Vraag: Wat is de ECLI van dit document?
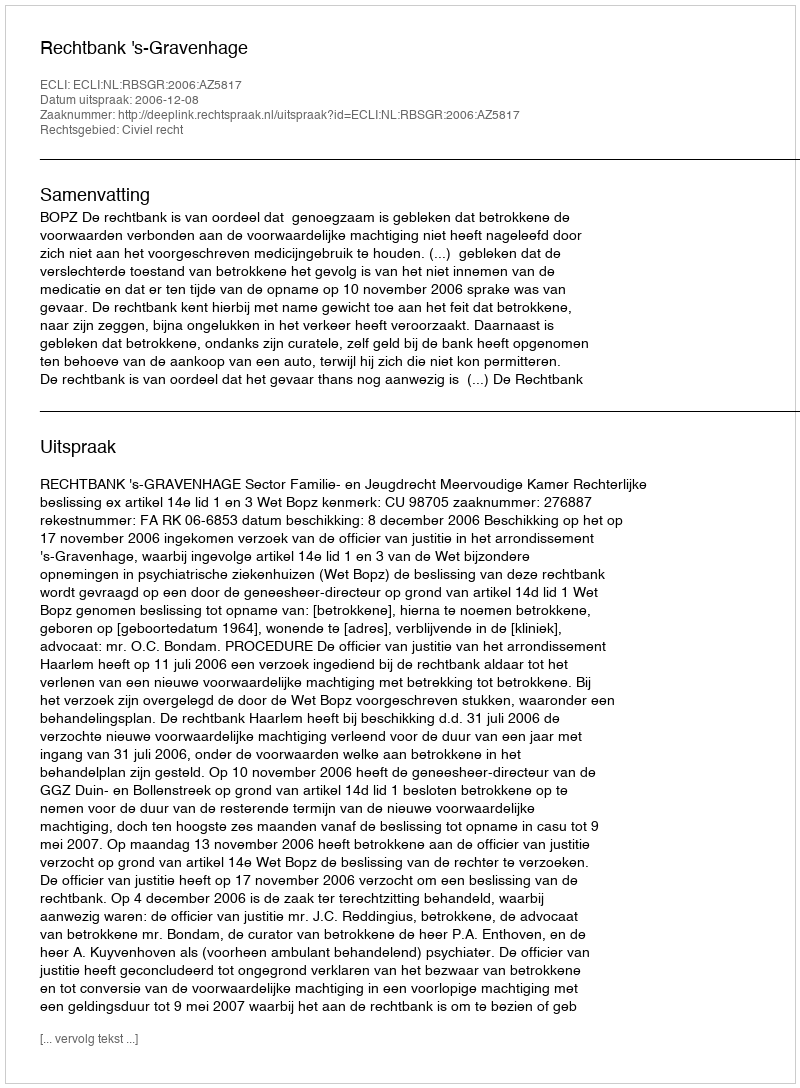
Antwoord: ECLI:NL:RBSGR:2006:AZ5817